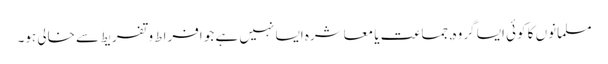
مسلمانوں کا کوئی ایسا گروہ, جماعت یا معاشرہ ایسا نہیں ہے جو افراط و تفریط سے خالی ہو۔